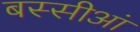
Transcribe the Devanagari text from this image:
बस्सीआं